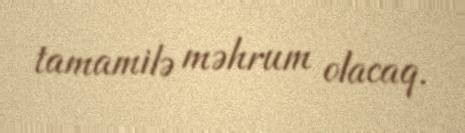
tamamilə məhrum olacaq.